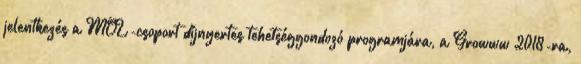
jelentkezés a MOL-csoport díjnyertes tehetséggondozó programjára, a Growww 2018-ra,